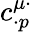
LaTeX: c_{\cdot p}^{\mu\cdot}